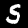
Label: 5